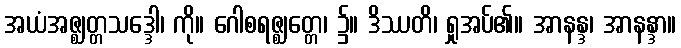
အယံအဇ္ဈတ္တသဒ္ဒေါ၊ ကို။ ဂေါစရဇ္ဈတ္တေ၊ ၌။ ဒိဿတိ၊ ရှုအပ်၏။ အာနန္ဒ၊ အာနန္ဒာ။